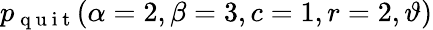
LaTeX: \displaystyle p_{\mathrm{~q~u~i~t~}}(\alpha=2,\beta=3,c=1,r=2,\vartheta)